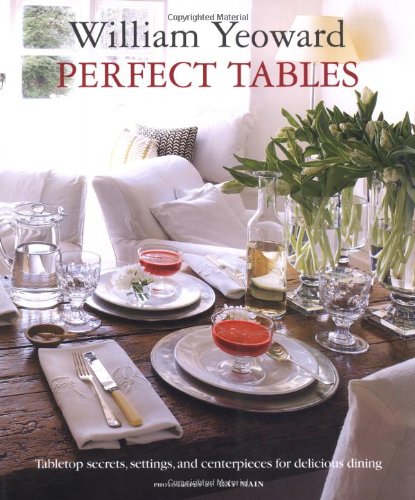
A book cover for Perfect Tables; William Yeoward; Cookbooks, Food & Wine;